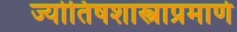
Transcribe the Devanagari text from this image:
ज्योतिषशास्त्राप्रमाणे